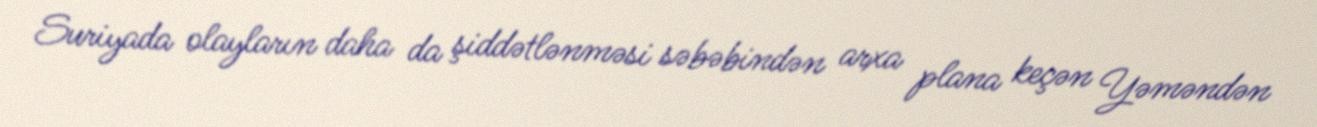
Suriyada olayların daha da şiddətlənməsi səbəbindən arxa plana keçən Yəməndən